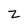
Character: Z